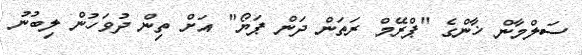
ސަލްމާން ޚާންގެ "ޕްރޭމް ރަތަން ދަން ޕަޔޯ" އަށް ތިން ދުވަހުން ލިބުނު